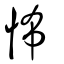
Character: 怖